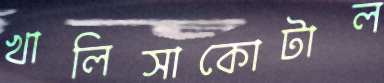
খালিসাকোটাল